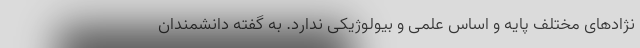
نژادهای مختلف پایه و اساس علمی و بیولوژیکی ندارد. به گفته دانشمندان